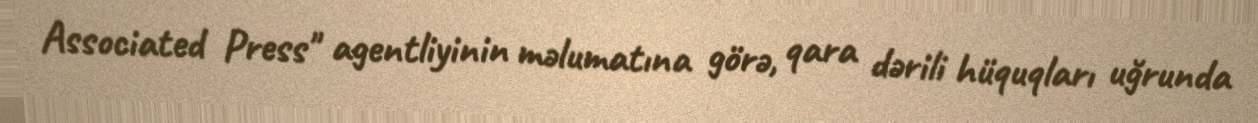
Associated Press" agentliyinin məlumatına görə, qara dərili hüquqları uğrunda